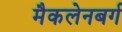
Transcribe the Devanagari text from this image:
मैकलेनबर्ग